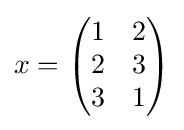
x={\begin{pmatrix}1&2\\2&3\\3&1\end{pmatrix}}